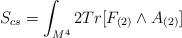
LaTeX: \begin{align*}S_{cs} = \int_{M^{4}} 2Tr[ F_{(2)} \wedge A_{(2)}]\end{align*}